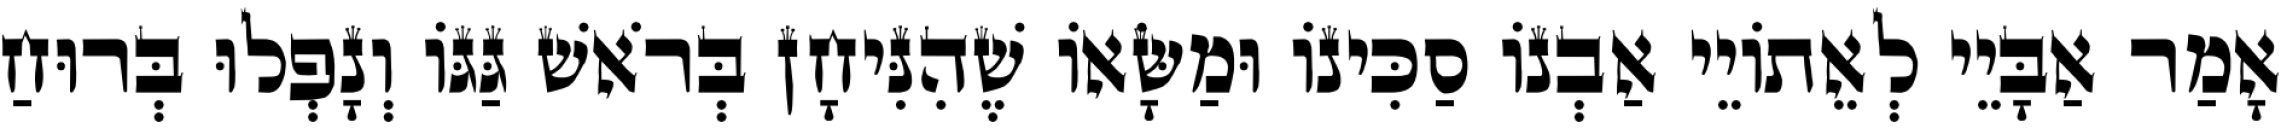
אָמַר אַבָּיֵי לְאֵתוֹיֵי אַבְנוֹ סַכִּינוֹ וּמַשָּׂאוֹ שֶׁהִנִּיחָן בְּרֹאשׁ גַּגּוֹ וְנָפְלוּ בְּרוּחַ